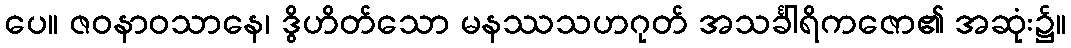
ပေ။ ဇဝနာဝသာနေ၊ ဒွိဟိတ်သော မနဿသဟဂုတ် အသင်္ခါရိကဇော၏ အဆုံး၌။